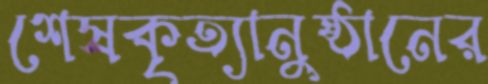
শেষকৃত্যানুষ্ঠানের